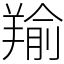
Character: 羭